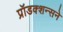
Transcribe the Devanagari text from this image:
प्रॉडक्शन्सने